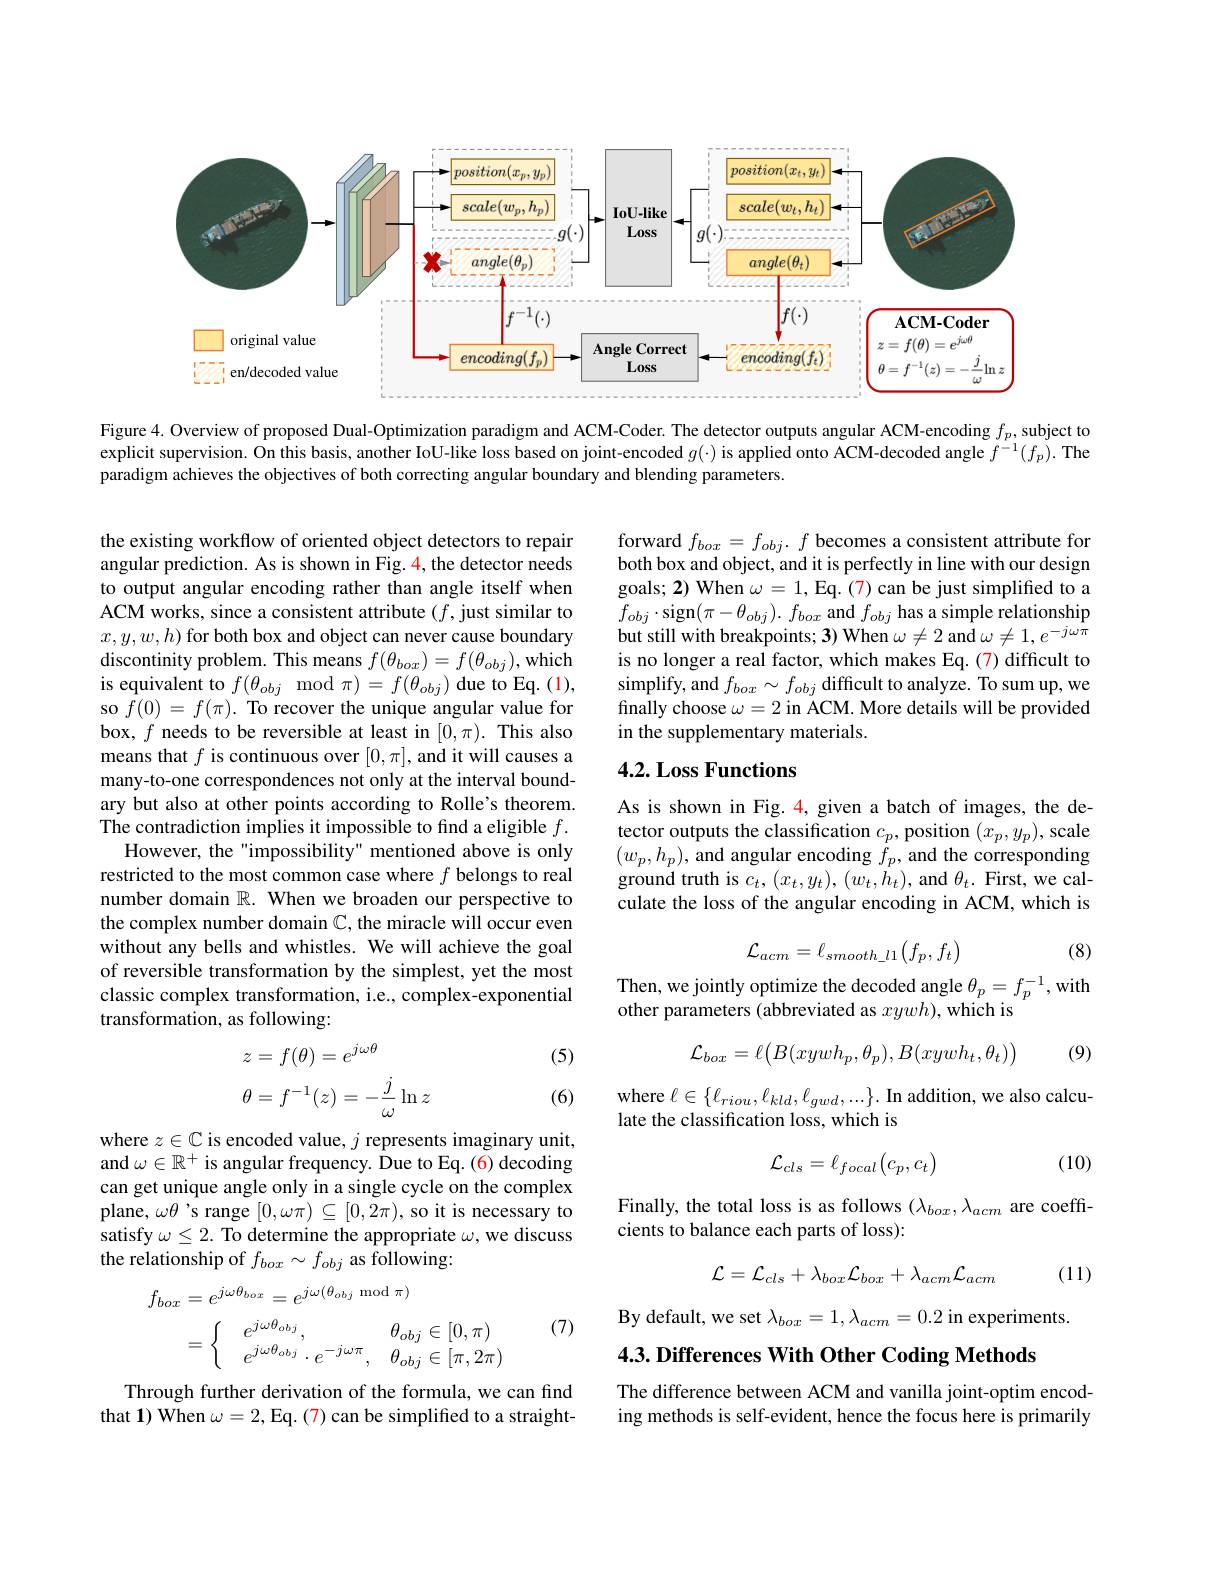
<FigureHere>

Figure 4. Overview of proposed Dual-Optimization paradigm and ACM-Coder. The detector outputs angular ACM-encoding $f_p$, subject to explicit supervision. On this basis, another IoU-like loss based on joint-encoded $g(\cdot)$ is applied onto ACM-decoded angle $f^{-1}(f_p).$ The paradigm achieves the objectives of both correcting angular boundary and blending parameters.

forward $f_box=f_{obj}.f$ becomes a consistent attribute for both box and object, and it is perfectly in line with our design goals; 2) When $\omega=1$, Eq. (7) can be just simplified to a $f_{obj}\cdot$sign$(\pi-\theta_{obj}).f_{box}$ and $f_{obj}$ has a simple relationship but still with breakpoints; 3) When $\omega\neq2$ and $\omega\neq1,e^-j\omega^{\tilde{\pi}}$ is no longer a real factor, which makes Eq.(7) difficult to simplify, and $f_{box}\sim f_{obj}$ difficult to analyze. To sum up, we finally choose $\omega=2$ in ACM. More details will be provided in the supplementary materials.

## 4.2. Loss Functions

the existing workflow of oriented object detectors to repair angular prediction. As is shown in Fig. 4, the detector needs to output angular encoding rather than angle itself when ACM works, since a consistent attribute $(f$,just similar to $x,y,w,h)$ for both box and object can never cause boundary discontinity problem. This means $f(\theta_{box})=f(\theta_{obj})$,which is equivalent to $f(\theta_{obj}\mod\pi)=f(\theta_{obj})$ due to Eq. (1), so $f(0)=f(\pi).$ To recover the unique angular value for box, $f$ needs to be reversible at least in $[0,\pi).$ This also means that $f$ is continuous over $[0,\pi]$, and it will causes a many-to-one correspondences not only at the interval boundary but also at other points according to Rolle's theorem. The contradiction implies it impossible to find a eligible $f.$
However, the "impossibility" mentioned above is only restricted to the most common case where $f$ belongs to real number domain $\mathbb{R}.$ When we broaden our perspective to the complex number domain $\mathbb{C}$, the miracle will occur even without any bells and whistles. We will achieve the goal of reversible transformation by the simplest, yet the most classic complex transformation, i.e., complex-exponential transformation, as following:
$$\begin{aligned}z&=f(\theta)=e^{j\omega\theta}\\\theta&=f^{-1}(z)=-\frac{j}{\omega}\ln z\end{aligned}$$
As is shown in Fig. 4, given a batch of images, the de- $\begin{array}{l}\text{tector outputs the classification }c_{p},\mathrm{position~}(x_{p},y_{p}),\mathrm{scale}\\(w_{p},h_{p}),\mathrm{~and~angular~encoding~}f_{p},\mathrm{~and~the~corresponding}\end{array}$ ground truth is $c_t,(x_t,y_t),(w_t,\dot{h}_t)$, and $\theta_t.$ First, we calculate the loss of the angular encoding in ACM, which is
$$\mathcal{L}_{acm}=\ell_{smooth_l1}\big(f_{p},f_{t}\big)$$
(8)

Then, we jointly optimize the decoded angle $\theta_p=f_p^{-1}$,with
other parameters (abbreviated as $xywh)$, which is
$$\mathcal{L}_{box}=\ell\big(B(xywh_{p},\theta_{p}),B(xywh_{t},\theta_{t})\big)$$
(9)

(5)

(6)

where $\ell\in\{\ell_{riou},\ell_{kld},\ell_{gwd},...\}.$ In addition, we also calcu-
late the classification loss, which is

(10)
$$\mathcal{L}_{cls}=\ell_{focal}\begin{pmatrix}c_p,c_t\end{pmatrix}$$
where $z\in\mathbb{C}$ is encoded value, $j$ represents imaginary unit, and $\omega\in\mathbb{R}^+$ is angular frequency. Due to Eq. (6) decoding can get unique angle only in a single cycle on the complex plane, $\omega\theta$'s range $[0,\omega\pi)\subseteq[0,2\pi)$,so it is necessary to satisfy $\omega\leq2.$ To determine the appropriate $\omega$, we discuss the relationship of $f_{box}\sim f_{obj}$ as following:

Finally, the total loss is as follows $(\lambda_{box},\lambda_{acm}$ are coeffi-
cients to balance each parts of loss):

(11)
$$\mathcal L=\mathcal L_{cls}+\lambda_{box}\mathcal L_{box}+\lambda_{acm}\mathcal L_{acm}$$
$$\left.\begin{aligned}f_{box}&=e^{j\omega\theta_{box}}=e^{j\omega(\theta_{obj}\mod\pi)}\\&=\begin{cases}&e^{j\omega\theta_{obj}},&\theta_{obj}\in[0,\pi)\\&e^{j\omega\theta_{obj}}\cdot e^{-j\omega\pi},&\theta_{obj}\in[\pi,2\pi)\end{cases}\end{aligned}\right.$$
(7)

By default, we set $\lambda_box=1,\lambda_{acm}=0.2$ in experiments.
$4. 3. \textbf{Differences With Other Coding Methods}$

Through further derivation of the formula, we can find that 1) When $\omega=2$,Eq. (7) can be simplified to a straight-

The difference between ACM and vanilla joint-optim encoding methods is self-evident, hence the focus here is primarily